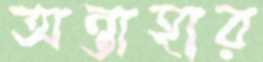
অন্তাহার